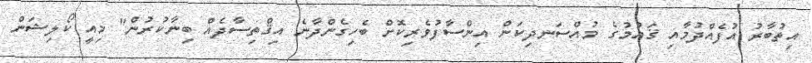
އިތުބާރު އުފެއްދުމާއި ޤައުމުގެ މުއްސަނދިކަން އިންސާފުވެރިކޮށް ބެހިގެންދާނެ އިޤްތިސާދެއް ބިނާކުރުން" މިއީ ކޯލިޝަން